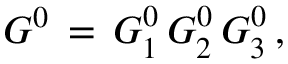
G ^ { 0 } \, = \, G _ { 1 } ^ { 0 } \, G _ { 2 } ^ { 0 } \, G _ { 3 } ^ { 0 } \, ,